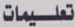
تعليمات